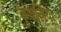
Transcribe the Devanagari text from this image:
कुचलिया